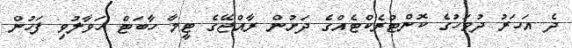
ދެ އަހަރު ދުވަހުގެ ކޮންޓްރެކްޓެއްގެ ދަށުން ރާއްޖޭގެ ޓީމާ ހާބަޓް ހަވާލުވި ފަހުން